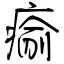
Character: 瘉